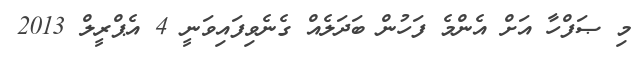
މި ޞަފްހާ އަށް އެންމެ ފަހުން ބަދަލެއް ގެނެވިފައިވަނީ 4 އެޕްރީލް 2013